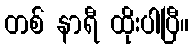
တစ် နာရီ ထိုးပါပြီ။